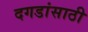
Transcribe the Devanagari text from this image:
दगडांसाठी